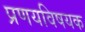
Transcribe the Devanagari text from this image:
प्रणयविषयक